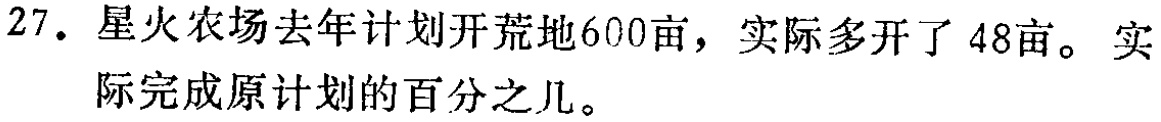
27. 星火农场去年计划开荒地600亩，实际多开了48亩。实际完成原计划的百分之几。